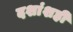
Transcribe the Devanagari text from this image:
दशांशही